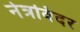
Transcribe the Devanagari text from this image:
नेत्रविदर